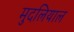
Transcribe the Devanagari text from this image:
मुदलियाल